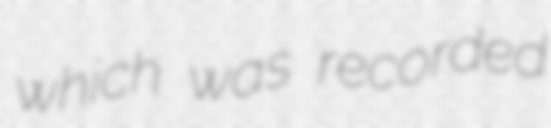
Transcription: which was recorded